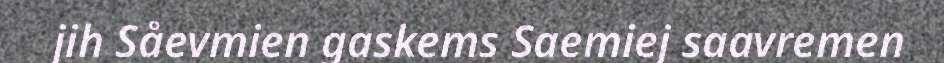
jih Såevmien gaskems Saemiej saavremen